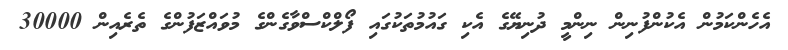
އެހެންކަމުން އެކުންފުނިން ނިންމީ ދުނިޔޭގެ އެކި ގައުމުތަކުގައި ފޯލްކްސްވާގެންގެ މުވައްޒަފުންގެ ތެރެއިން 30000